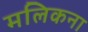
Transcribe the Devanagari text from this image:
मलिकना